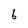
Character: 6